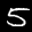
Label: 5